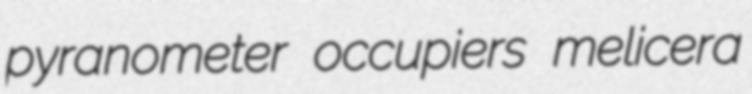
pyranometer occupiers melicera